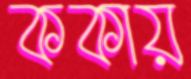
ককায়